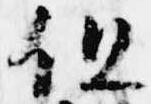
但